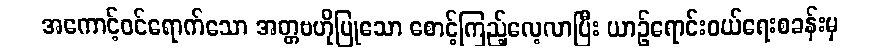
အကောင့်ဝင်ရောက်သော အတ္တဗဟိုပြုသော စောင့်ကြည့်လေ့လာပြီး ယာဉ်ရောင်းဝယ်ရေးစခန်းမှ